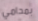
بمحامي